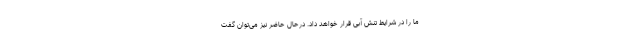
ما را در شرایط تنش آبی قرار خواهد داد. درحال‌ حاضر نیز می‌توان گفت